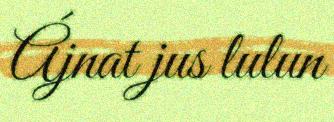
Ájnat jus lulun